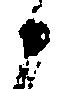
候